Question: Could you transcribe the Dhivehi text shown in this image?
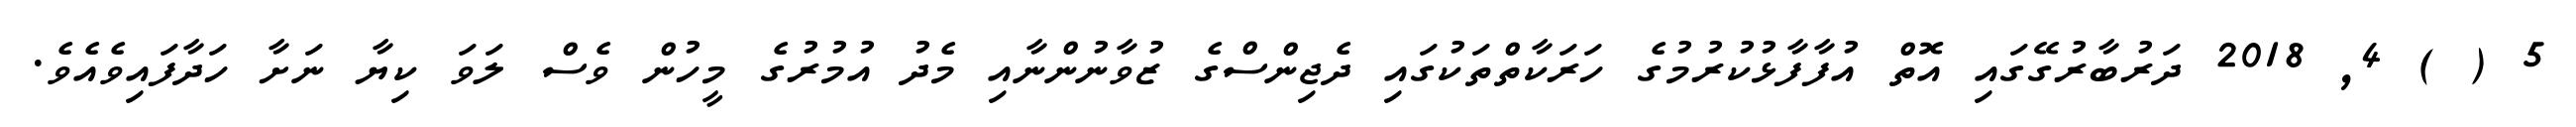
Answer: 5 ( ) 4, 2018 ދަރުބާރުގޭގައި އޮތް އުފާފާޅުކުރުމުގެ ހަރަކާތްތަކުގައި ދެޖިންސްގެ ޒުވާނުންނާއި މެދު އުމުރުގެ މީހުން ވެސް ލަވަ ކިޔާ ނަށާ ހަދާފައިވެއެވެ.